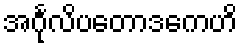
အင်္ဂုလိပတောဒကေဟိ